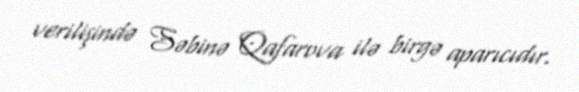
verilişində Səbinə Qafarova ilə birgə aparıcıdır.